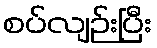
စပ်လျဉ်းပြီး